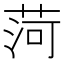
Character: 菏